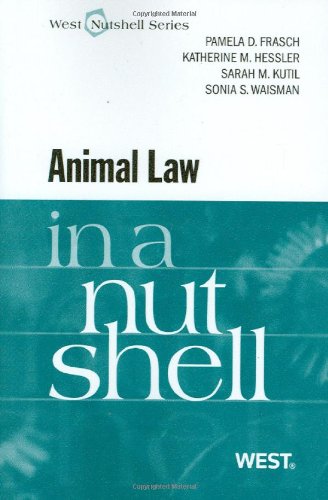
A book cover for Animal Law in a Nutshell; Pamela Frasch; Law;